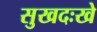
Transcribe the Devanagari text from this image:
सुखदःखे